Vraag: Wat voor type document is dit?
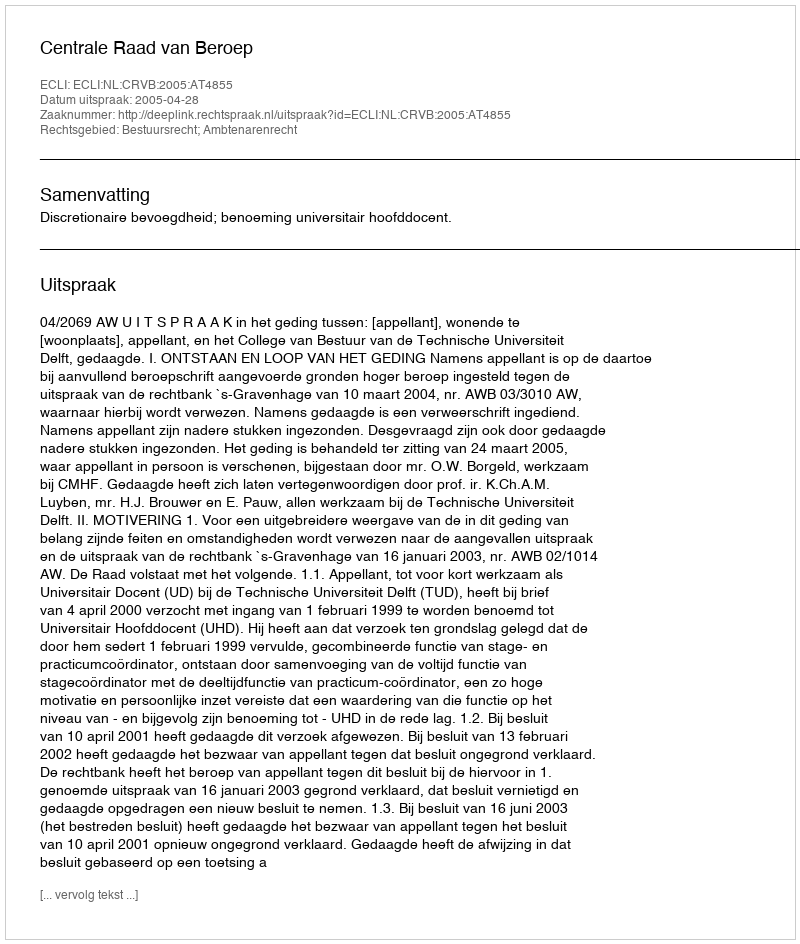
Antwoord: Uitspraak